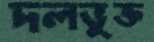
দলভুক্ত